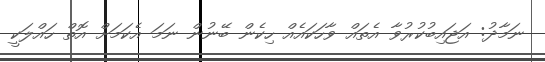
ނަމާދު: އަޖައިބުކުރުވާ އެތައް ވާހަކައެއް ހިކެން ބޭނުން ނަމަ އެކަމަށް އޮތް ހައްލަކީ